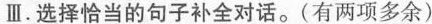
Ⅲ.选择恰当的句子补全对话.(有两项多余)